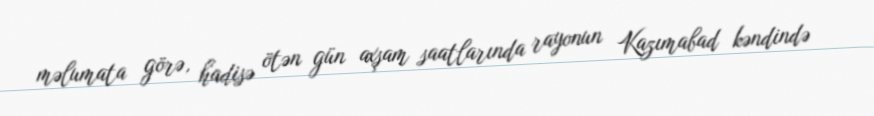
məlumata görə, hadisə ötən gün axşam saatlarında rayonun Kazımabad kəndində